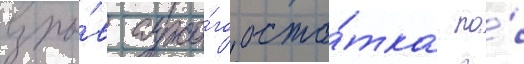
взры́в сухо́го оста́тка по́